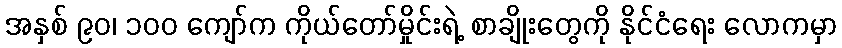
အနှစ် ၉၀၊ ၁၀၀ ကျော်က ကိုယ်တော်မှိုင်းရဲ့ စာချိုးတွေကို နိုင်ငံရေး လောကမှာ